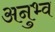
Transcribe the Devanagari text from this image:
अनुभ्व